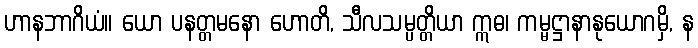
ဟာနဘာဂိယံ။ ယော ပနတ္တမနော ဟောတိ, သီလသမ္ပတ္တိယာ ဣဓ၊ ကမ္မဋ္ဌာနာနုယောဂမှိ, န